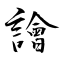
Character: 譮